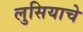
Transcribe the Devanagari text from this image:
लुसियाचे